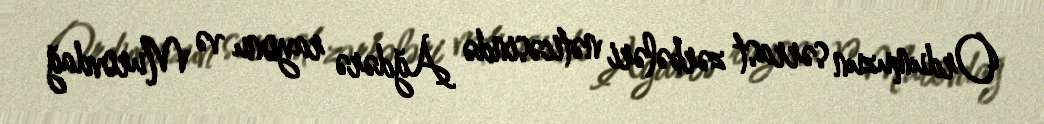
Ordumuzun sərrast zərbələri nəticəsində Ağdərə rayonu və Murovdağ